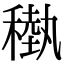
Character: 𥡩